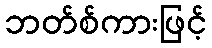
ဘတ်စ်ကားဖြင့်